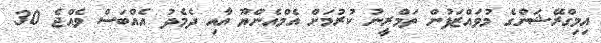
އިމިގްރޭޝަންގެ މުވައްޒަފުން ތަމްރީނު ކުރުމަށް އެމްއެންޔޫ އާއި ދެމެދު އެއްބަސް ވެއްޖެ 30